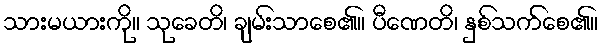
သားမယားကို။ သုခေတိ၊ ချမ်းသာစေ၏။ ပီဏေတိ၊ နှစ်သက်စေ၏။